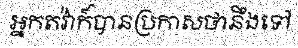
អ្នកតវ៉ាក៍បានប្រកាសថានឹងទៅ